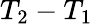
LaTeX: T_{2}-T_{1}